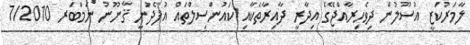
ލާމަރުކަޒީ އުސޫލުން ދިވެހިރާއްޖޭގެ އިދާރީ ދާއިރާތަކާއި ކައުންސިލްތައް އުފެދުނީ ޤާނޫނު ނަމްބަރ 7/2010